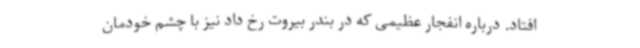
افتاد. درباره انفجار عظیمی که در بندر بیروت رخ داد نیز با چشم خودمان